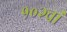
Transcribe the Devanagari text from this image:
१०२वां